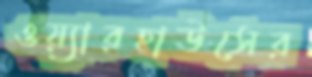
ওয়্যারহাউসের